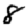
Digit: 8